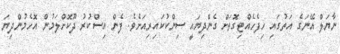
ނާޔަލް އޭނަގެ އަތުގައި ހިފެހެއްޓިގޮތަށް ގެންދިޔައީ ސިންކުކައިރިއަށެވެ. ފެން އިސްކުރު ދޫކޮށްލަމުން އޮހެމުންދިޔަ